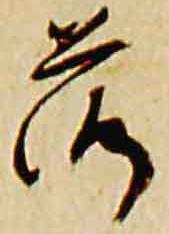
落